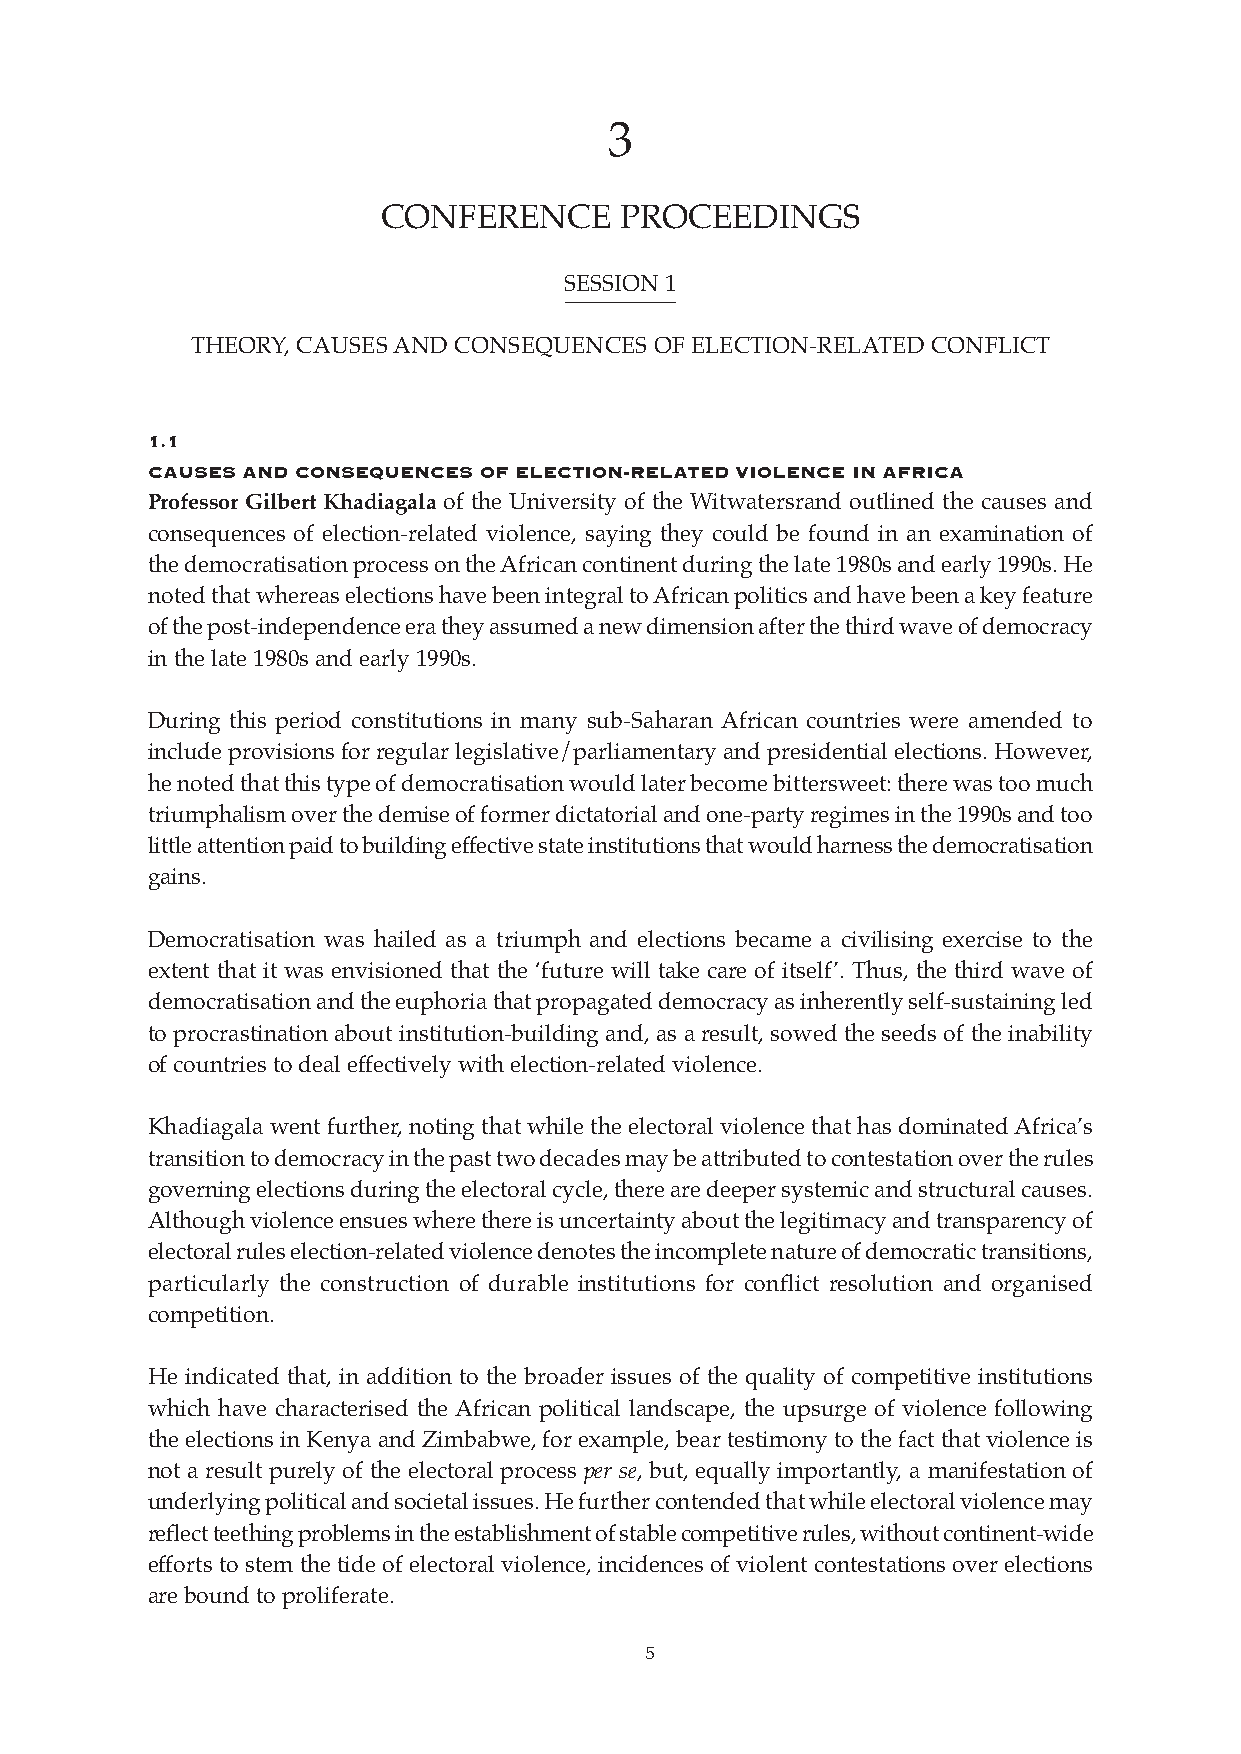
CONFERENCE PROCEEDINGS REPORT             5
 3
 CONFERENCE      PROCEEDINGS
 SESSION 1
 THEORY, CAUSES AND CONSEQUENCES OF ELECTION-RELATED CONFLICT
 1.1
 Causes and ConsequenCes of eleCtion-related violenCe in afriCa
 Professor Gilbert Khadiagala of the University of the Witwatersrand outlined the causes and
 consequences of election-related violence, saying they could be found in an examination of
 the democratisation process on the African continent during the late 1980s and early 1990s. He
 noted that whereas elections have been integral to African politics and have been a key feature
 of the post-independence era they assumed a new dimension after the third wave of democracy
 in the late 1980s and early 1990s.
 During this period constitutions in many sub-Saharan African countries were amended to
 include provisions for regular legislative/parliamentary and presidential elections. However,
 he noted that this type of democratisation would later become bittersweet: there was too much
 triumphalism over the demise of former dictatorial and one-party regimes in the 1990s and too
 little attention paid to building effective state institutions that would harness the democratisation
 gains.
 Democratisation was hailed as a triumph and elections became a civilising exercise to the
 extent that it was envisioned that the ‘future will take care of itself’. Thus, the third wave of
 democratisation and the euphoria that propagated democracy as inherently self-sustaining led
 to procrastination about institution-building and, as a result, sowed the seeds of the inability
 of countries to deal effectively with election-related violence.
 Khadiagala went further, noting that while the electoral violence that has dominated Africa’s
 transition to democracy in the past two decades may be attributed to contestation over the rules
 governing elections during the electoral cycle, there are deeper systemic and structural causes.
 Although violence ensues where there is uncertainty about the legitimacy and transparency of
 electoral rules election-related violence denotes the incomplete nature of democratic transitions,
 particularly the construction of durable institutions for conflict resolution and organised
 competition.
 He indicated that, in addition to the broader issues of the quality of competitive institutions
 which have characterised the African political landscape, the upsurge of violence following
 the elections in Kenya and Zimbabwe, for example, bear testimony to the fact that violence is
 not a result purely of the electoral process per se, but, equally importantly, a manifestation of
 underlying political and societal issues. He further contended that while electoral violence may
 reflect teething problems in the establishment of stable competitive rules, without continent-wide
 efforts to stem the tide of electoral violence, incidences of violent contestations over elections
 are bound to proliferate.
 5